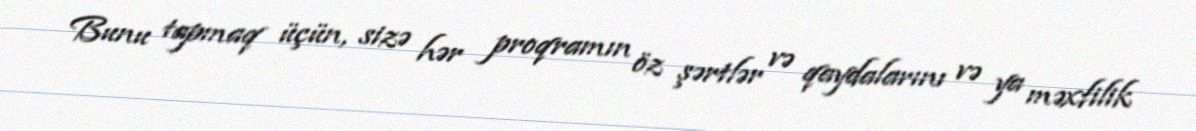
Bunu tapmaq üçün, sizə hər proqramın öz şərtlər və qaydalarını və ya məxfilik